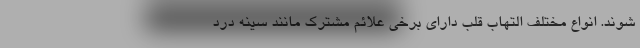
شوند. انواع مختلف التهاب قلب دارای برخی علائم مشترک مانند سینه درد